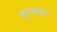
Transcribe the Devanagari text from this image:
पुरनानूरू